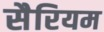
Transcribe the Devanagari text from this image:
सैरियम